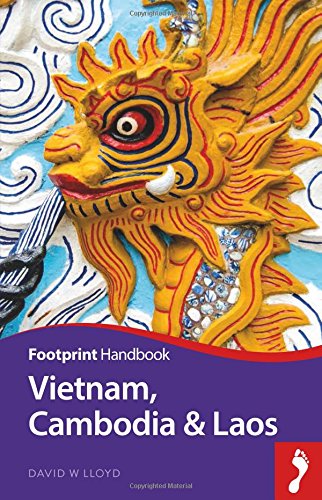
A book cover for Vietnam, Cambodia & Laos Handbook (Footprint - Handbooks); Andrew Spooner; Travel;